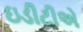
ઇડીટીએ